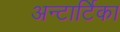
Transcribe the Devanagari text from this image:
अन्टार्टिका